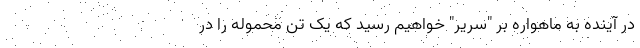
در آینده به ماهواره بر "سریر" خواهیم رسید که یک تُن محموله را در